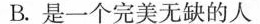
B.是一个完美无缺的人